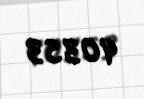
40353